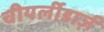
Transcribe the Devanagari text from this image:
चीयर्लीडार्ज़